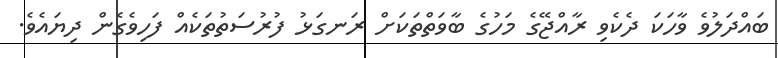
ބައްދަލުވެ ވާހަކަ ދެކެވި ރާއްޖޭގެ މަހުގެ ބާވަތްތަކަށް ރަނގަޅު ފުރުސަތުތަކެއް ފަހިވެގެން ދިޔައެވެ.